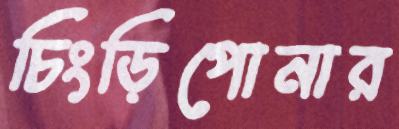
চিংড়িপোনার